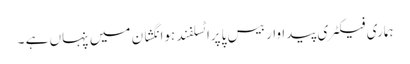
ہماری فیکٹری پیداوار بیس پاپراٹسلفند ہوانگشان میں پنہاں ہے ۔